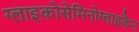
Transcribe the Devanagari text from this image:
ग्लाइकोसेमिनोग्लाइकैन